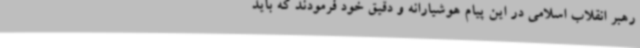
رهبر انقلاب اسلامی در این پیام هوشیارانه و دقیق خود فرمودند که باید